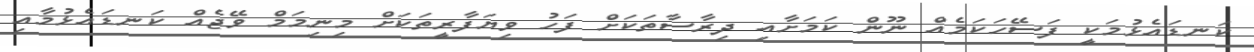
ކަނޑައެޅުމަކީ ފަސޭހަކަމެއް ނޫން ކަމަށާއި ދިރާސާތަކަށް ފަހު ވިޔަފާރީތަކަށް މިނިމަމް ވޭޖެއް ކަނޑައެޅުމާއި